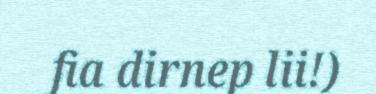
fia dirnep lii!)